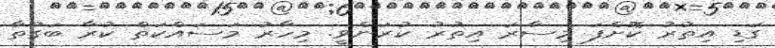
ގަޑި އިތުރު ކޮށްފަ މިސާރަ އިތުރު ކުރަންވީ. މިހާރު މަސައްކަތް ކުރާ ބަގުތާ